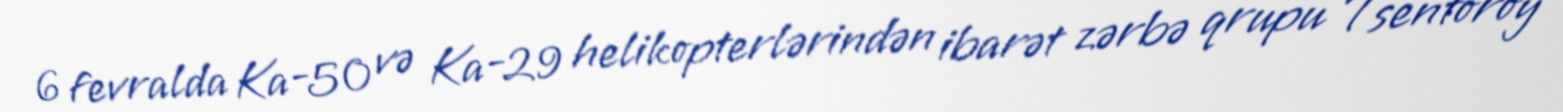
6 fevralda Ka-50 və Ka-29 helikopterlərindən ibarət zərbə qrupu Tsentoroy